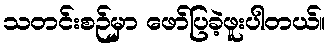
သတင်းစဉ်မှာ ဖော်ပြခဲ့ဖူးပါတယ်။